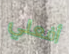
أفعلي